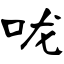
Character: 咙